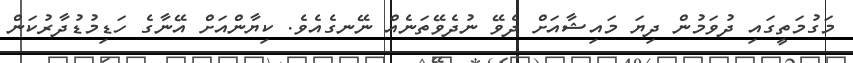
މަގުމަތީގައި ދުވަމުން ދިޔަ މައިޝާއަށް ދެވޭ ނުދެވޭތަނެއް ނޭނގެއެވެ. ކިޔާންއަށް އޭނާގެ ހަޑިމުޑުދާރުކަން